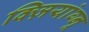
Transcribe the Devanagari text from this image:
क्ज़ियांग्नू